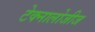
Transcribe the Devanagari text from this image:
टेक्नालोजीज